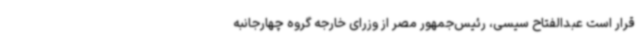
قرار است عبدالفتاح سیسی، رئیس‌جمهور مصر از وزرای خارجه گروه چهارجانبه